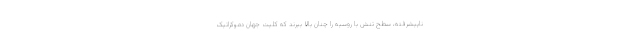
ناپیشرفته، سطح تنش با روسیه را چنان بالا ببرند که کلیت جهان دموکراتیک